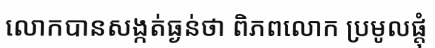
លោកបានសង្កត់ធ្ងន់ថា ពិភពលោក ប្រមូលផ្តុំ